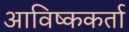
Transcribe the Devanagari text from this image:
आविष्ककर्ता